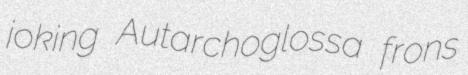
joking Autarchoglossa frons